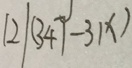
1 2 \vert ( 3 4 7 - 3 1 x )